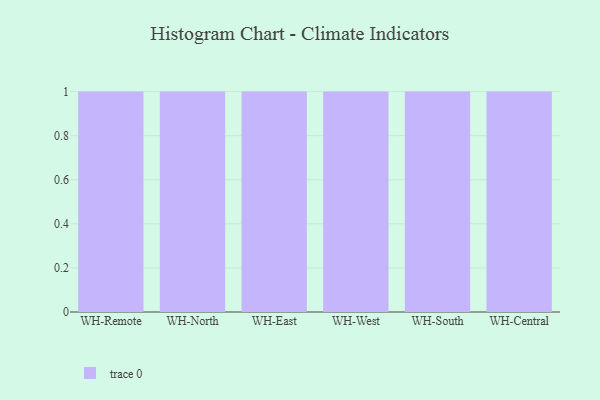
{"axis": {"x": "Warehouse", "y": "Backlog"}, "legend": [""], "data": [{"x": "WH-Remote", "y": 69, "type": ""}, {"x": "WH-North", "y": 47, "type": ""}, {"x": "WH-East", "y": 21, "type": ""}, {"x": "WH-West", "y": 41, "type": ""}, {"x": "WH-South", "y": 76, "type": ""}, {"x": "WH-Central", "y": 65, "type": ""}]}